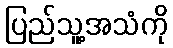
ပြည်သူ့အသံကို